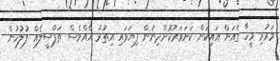
މަރުވި މީހާ ގެއަށް އައިކަން ކަށަވަރުކޮށްދިނުން ފިޔަވައި އިތުރު އެއްވެސް ތަފްސީލެއް ފުލުހުން